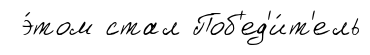
э́том стал Поб'ед'и́т'ель